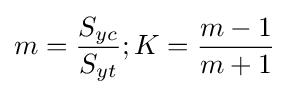
m={\frac {S_{yc}}{S_{yt}}};K={\frac {m-1}{m+1}}